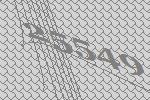
25549